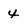
Character: 4